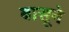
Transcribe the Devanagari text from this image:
बासूने